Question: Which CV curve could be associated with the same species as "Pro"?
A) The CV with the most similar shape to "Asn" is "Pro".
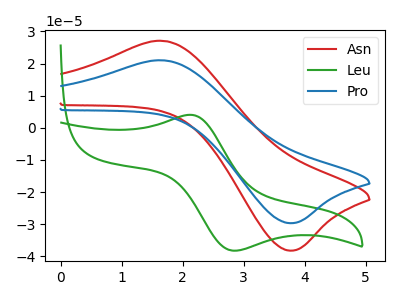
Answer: <think>The red curve "Asn" has an anodic peak at (1.70V, 27.05uA) and a cathodic peak at (3.75V, -38.20uA). The green curve "Leu" has an anodic peak at (2.15V, 4.05uA) and a cathodic peak at (2.80V, -38.20uA). The blue curve "Pro" has an anodic peak at (1.70V, 21.00uA) and a cathodic peak at (3.75V, -29.65uA).
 "Asn" and "Leu" have at least one peak that do not match. All the peaks in "Asn" have a peak in "Pro" at the same potential. Every peak in "Asn" is higher than every peak in "Pro". "Leu" and "Pro" have at least one peak that do not match.</think>
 <answer>A) The CV with the most similar shape to "Asn" is "Pro".</answer>
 <eval>A</eval>